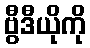
ဗွီဒီယိုကို